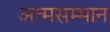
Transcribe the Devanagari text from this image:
अत्मसम्मान